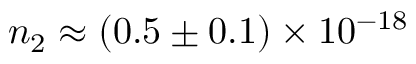
n _ { 2 } \approx ( 0 . 5 \pm 0 . 1 ) \times 1 0 ^ { - 1 8 }